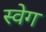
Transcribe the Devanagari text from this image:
स्वेग